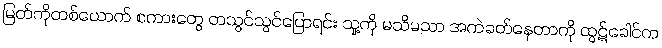
မြတ်ကိုတစ်ယောက် စကားတွေ တသွင်သွင်ပြောရင်း သူ့ကို မသိမသာ အကဲခတ်နေတာကို ထွဋ်ခေါင်က